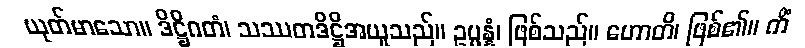
ယုတ်မာသော။ ဒိဋ္ဌိဂတံ၊ သဿတဒိဋ္ဌိအယူသည်။ ဥပ္ပန္နံ၊ ဖြစ်သည်။ ဟောတိ၊ ဖြစ်၏။ ကိံ